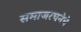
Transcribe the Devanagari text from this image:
समाजरचनेचे